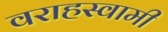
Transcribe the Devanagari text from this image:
वराहस्‍वामी